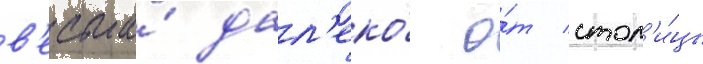
в'есьма́ дал'еко́ о́т стол'и́цы